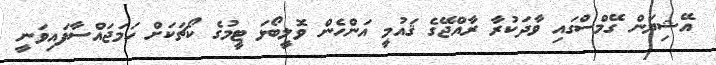
އޭޝިޔަން ގޭމްސްގައި ވާދަކުރާ ރާއްޖޭގެ ޤައުމީ އަންހެން ވޮލީބޯޅަ ޓީމުގެ ކޯޗަކަށް ހަމަޖައްސާފައިވަނީ